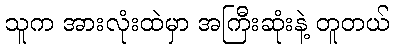
သူက အားလုံးထဲမှာ အကြီးဆုံးနဲ့ တူတယ်